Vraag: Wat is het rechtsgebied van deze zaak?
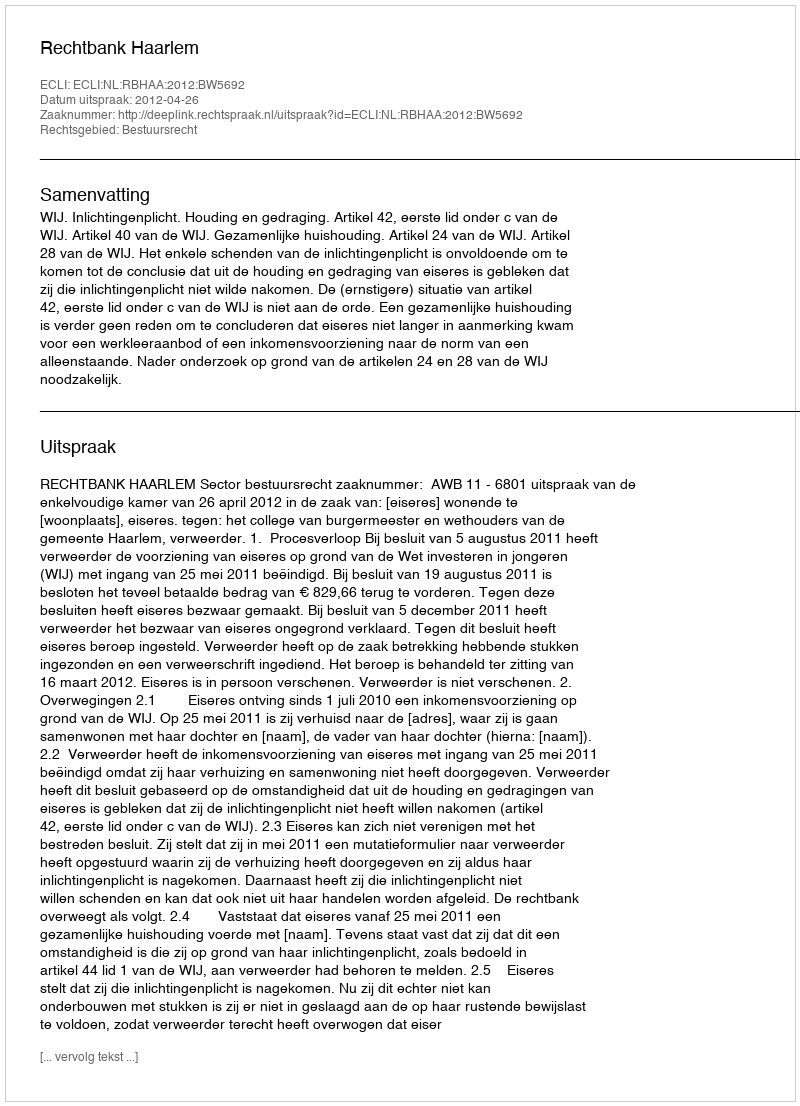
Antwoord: Bestuursrecht